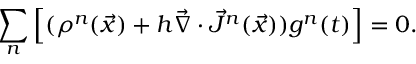
\sum _ { n } \left[ ( \rho ^ { n } ( \vec { x } ) + h \vec { \nabla } \cdot \vec { J } ^ { n } ( \vec { x } ) ) g ^ { n } ( t ) \right] = 0 .